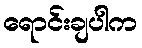
ရောင်းချပါက